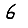
Digit: 6